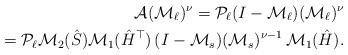
LaTeX: \begin{align*} \mathcal{A} (\mathcal{M}_\ell)^\nu = \mathcal{P}_\ell (I - \mathcal{M}_\ell) (\mathcal{M}_\ell)^\nu \\ = \mathcal{P}_\ell \mathcal{M}_2(\hat{S}) \mathcal{M}_1(\hat{H}^\top) \, (I - \mathcal{M}_s) (\mathcal{M}_s)^{\nu-1} \, \mathcal{M}_1(\hat{H}).\end{align*}